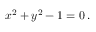
x ^ { 2 } + y ^ { 2 } - 1 = 0 \, .